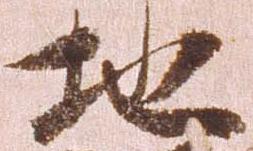
地